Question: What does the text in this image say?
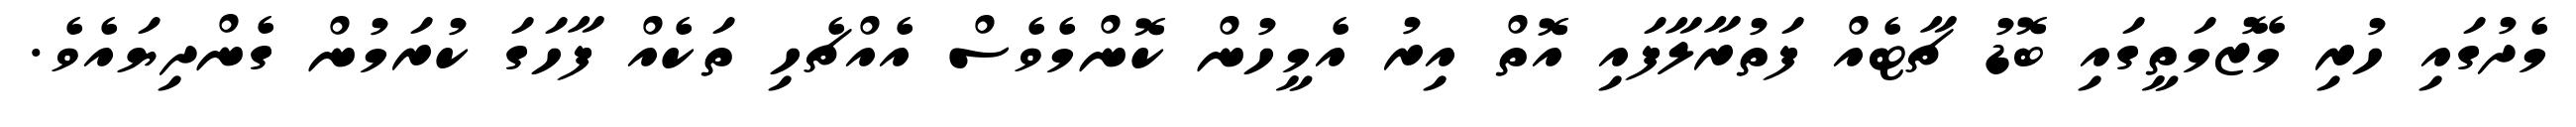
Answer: މެދުގައި ހުރި މޭޒުމަތީގައި ބޮޑު ޗާޓެއް ފަތުރާލާފައި އޮތް އިރު އެމީހުން ކޮންމެވެސް އެއްޗެހި ތަކެއް ފާހަގަ ކުރަމުން ގެންދިޔައެވެ.